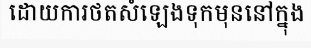
ដោយការថតសំឡេងទុកមុននៅក្នុង